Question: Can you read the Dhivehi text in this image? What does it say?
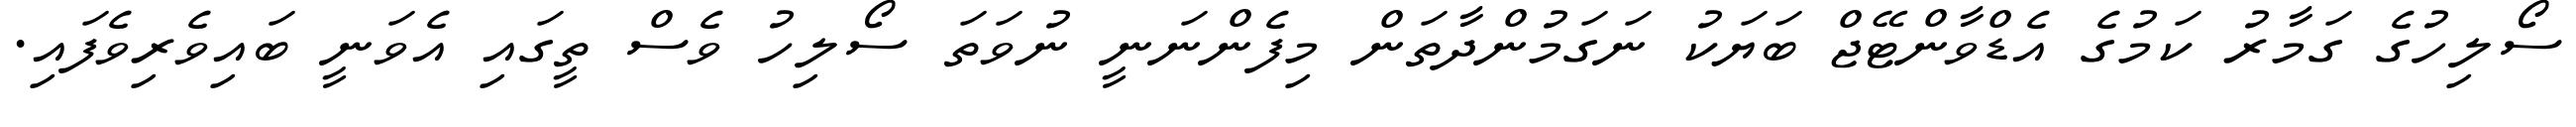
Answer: ސޯލިހުގެ ގަމާރު ކަމުގެ އެޑްވާންޓޭޖް ބަޔަކު ނަގަމުންދާތަން މިފެންނަނީ ނުވަތަ ސޯލިހު ވެސް ތީގައި އެވަނީ ބައިވެރިވެފައި.